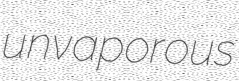
unvaporous